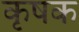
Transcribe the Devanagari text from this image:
कृषक